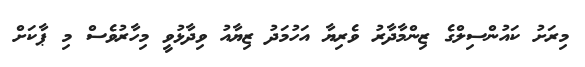
މިރަށު ކައުންސިލްގެ ޒިންމާދާރު ވެރިޔާ އަހުމަދު ޒިޔާއު ވިދާޅުވީ މިހާރުވެސް މި ޕާކަށް